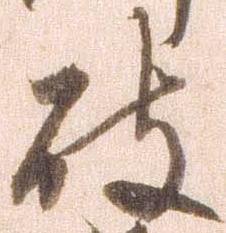
破